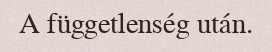
A függetlenség után.